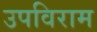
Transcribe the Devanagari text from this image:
उपविराम